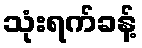
သုံးရက်ခန့်